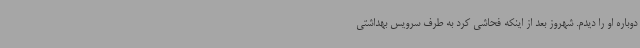
دوباره او را دیدم. شهروز بعد از اینکه فحاشی کرد به طرف سرویس بهداشتی